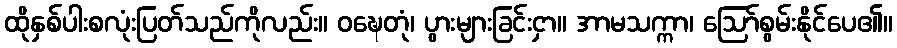
ထိုနှစ်ပါးစလုံးပြတ်သည်ကိုလည်း။ ဝဍ္ဎေတုံ၊ ပွားများခြင်းငှာ။ အာမသက္ကာ၊ ဩော်စွမ်းနိုင်ပေ၏။